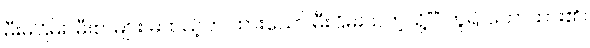
မီးမငြိမ်း၊ မီးစာများ မထည့်ဘဲ ထားသော် မီးငြိမ်းသကဲ့သို့”” ဟူ၍ ဟောထား၏။